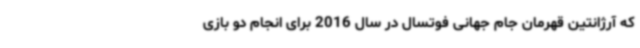
که آرژانتین قهرمان جام جهانی فوتسال در سال 2016 برای انجام دو بازی